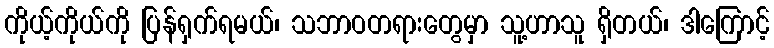
ကိုယ့်ကိုယ်ကို ပြန်ရှက်ရမယ်၊ သဘာဝတရားတွေမှာ သူ့ဟာသူ ရှိတယ်၊ ဒါကြောင့်